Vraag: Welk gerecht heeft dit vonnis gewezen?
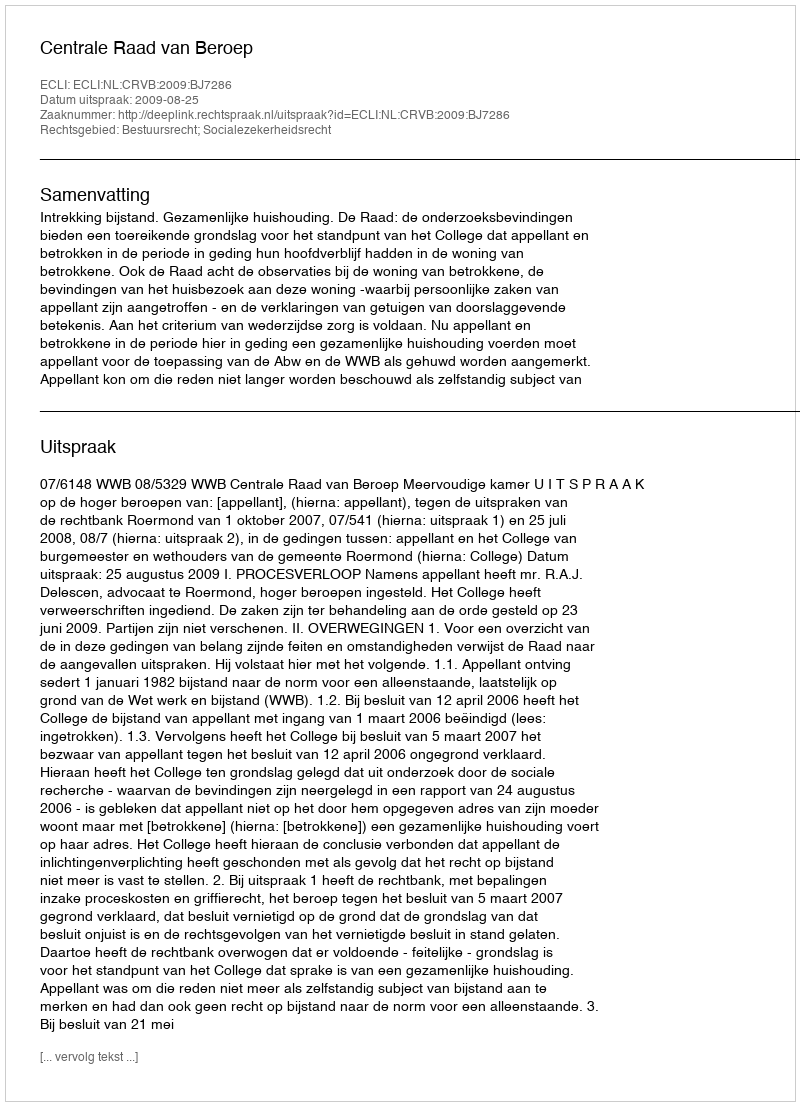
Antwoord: Centrale Raad van Beroep